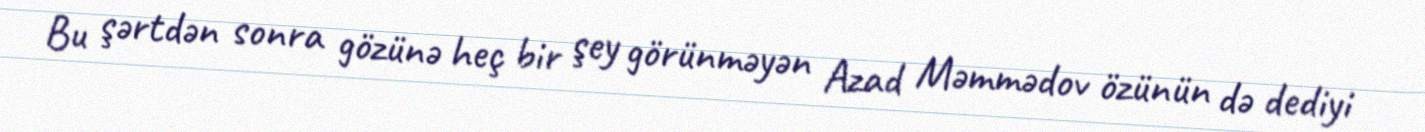
Bu şərtdən sonra gözünə heç bir şey görünməyən Azad Məmmədov özünün də dediyi